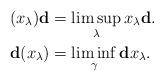
LaTeX: \begin{align*}(x_\lambda)\mathbf{d}&=\limsup_\lambda x_\lambda\mathbf{d}.\\\mathbf{d}(x_\lambda)&=\liminf_\gamma\mathbf{d}x_\lambda.\end{align*}